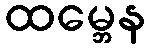
ထမ္ဘေန